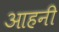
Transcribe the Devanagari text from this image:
आहनी